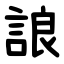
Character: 誏